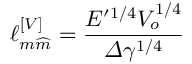
\ell _ { m \widehat { m } } ^ { \left[ V \right] } = \frac { E ^ { \prime 1 / 4 } V _ { o } ^ { 1 / 4 } } { \varDelta \gamma ^ { 1 / 4 } }